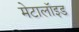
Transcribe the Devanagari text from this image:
मेटालॉइड